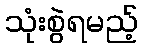
သုံးစွဲရမည့်